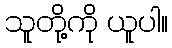
သူတို့ကို ယူပါ။